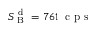
S _ { \mathrm { ~ B ~ } } ^ { \mathrm { ~ d ~ } } = 7 6 1 \ \mathrm { ~ c ~ p ~ s ~ }